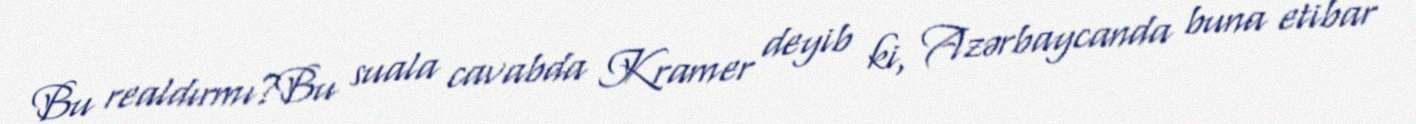
Bu realdırmı?Bu suala cavabda Kramer deyib ki, Azərbaycanda buna etibar